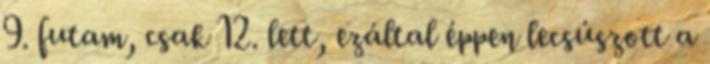
9. futam, csak 12. lett, ezáltal éppen lecsúszott a